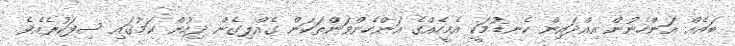
ބައެއް އަންހެނުން އިއްދައިން ކެނޑުމަކީ އެމީހެއްގެ އަންހެންވަންތަކަން ގެއްލިގެން ދިއުން ކަމުގައި ސިފަކުރެއެވެ.